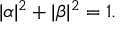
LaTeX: | \alpha | ^ { 2 } + | \beta | ^ { 2 } = 1 .